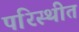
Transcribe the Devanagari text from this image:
परिस्थीत